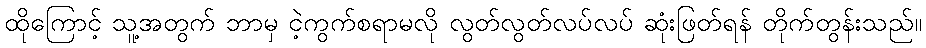
ထိုကြောင့် သူ့အတွက် ဘာမှ ငဲ့ကွက်စရာမလို လွတ်လွတ်လပ်လပ် ဆုံးဖြတ်ရန် တိုက်တွန်းသည်။